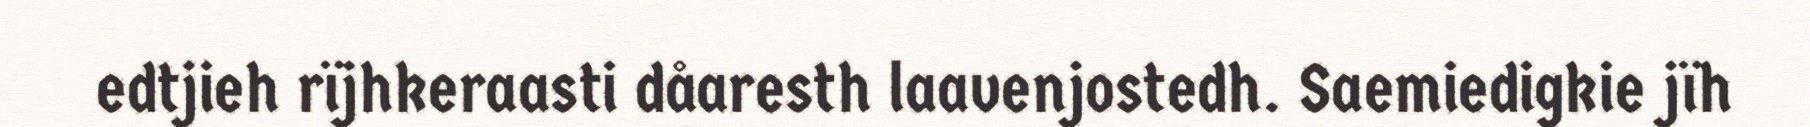
edtjieh rïjhkeraasti dåaresth laavenjostedh. Saemiedigkie jïh